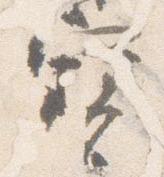
宝